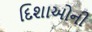
દિશાઓની